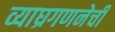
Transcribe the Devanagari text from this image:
व्याघ्रगणनेची